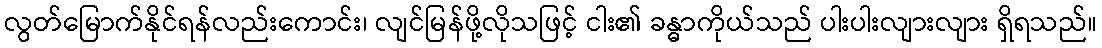
လွတ်မြောက်နိုင်ရန်လည်းကောင်း၊ လျင်မြန်ဖို့လိုသဖြင့် ငါး၏ ခန္ဓာကိုယ်သည် ပါးပါးလျားလျား ရှိရသည်။